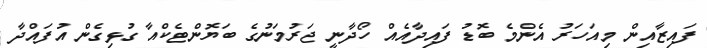
ފައިޒާއިން މިއަހަރު އެންމެ ބޮޑު ފައިދާއެއް ހޯދާނީ ޖަރުމަނުގެ ބަޔޮންޓެކްއާ ގުޅިގެން އުފައްދާ